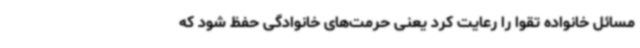
مسائل خانواده تقوا را رعایت کرد یعنی حرمت‌های خانوادگی حفظ شود که